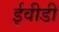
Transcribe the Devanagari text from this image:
ईवीडी